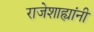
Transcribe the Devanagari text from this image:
राजेशाह्यांनी